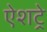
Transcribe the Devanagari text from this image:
ऐशट्रे